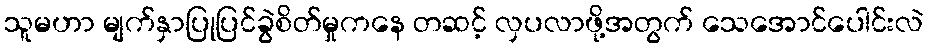
သူမဟာ မျက်နှာပြုပြင်ခွဲစိတ်မှုကနေ တဆင့် လှပလာဖို့အတွက် သေအောင်ပေါင်းလဲ